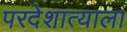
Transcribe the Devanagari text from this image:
परदेशात्याला